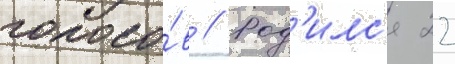
голосо́в // Род'илс'я 22